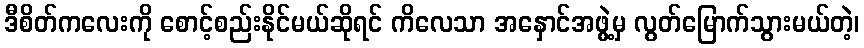
ဒီစိတ်ကလေးကို စောင့်စည်းနိုင်မယ်ဆိုရင် ကိလေသာ အနှောင်အဖွဲ့မှ လွတ်မြောက်သွားမယ်တဲ့၊